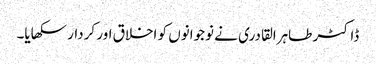
ڈاکٹر طاہرالقادری نے نوجوانوں کو اخلاق اور کردار سکھایا۔